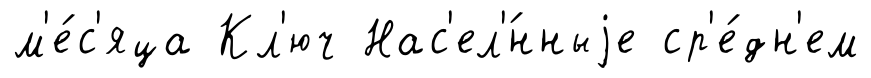
м'е́с'яца Кл'юч Нас'ел'́нныjе ср'е́дн'ем